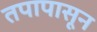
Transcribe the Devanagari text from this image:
तपापासून